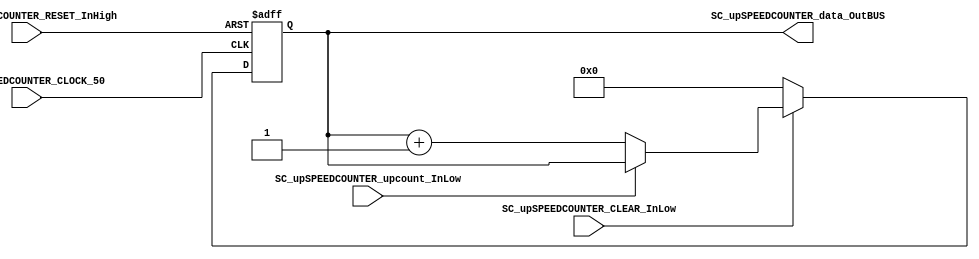
/*######################################################################
//#	G0B1T: HDL EXAMPLES. 2018.
//######################################################################
//# Copyright (C) 2018. F.E.Segura-Quijano (FES) fsegura@uniandes.edu.co
//# 
//# This program is free software: you can redistribute it and/or modify
//# it under the terms of the GNU General Public License as published by
//# the Free Software Foundation, version 3 of the License.
//#
//# This program is distributed in the hope that it will be useful,
//# but WITHOUT ANY WARRANTY; without even the implied warranty of
//# MERCHANTABILITY or FITNESS FOR A PARTICULAR PURPOSE.  See the
//# GNU General Public License for more details.
//#
//# You should have received a copy of the GNU General Public License
//# along with this program.  If not, see <http://www.gnu.org/licenses/>
//####################################################################*/
//=======================================================
//  MODULE Definition
//=======================================================
module SC_upSPEEDCOUNTER #(parameter upSPEEDCOUNTER_DATAWIDTH=23, parameter upSPEEDCOUNTER_INIT = 23'b00000000000000000000000)(
	//////////// OUTPUTS //////////
	SC_upSPEEDCOUNTER_data_OutBUS,
	//////////// INPUTS //////////
	SC_upSPEEDCOUNTER_CLOCK_50,
	SC_upSPEEDCOUNTER_RESET_InHigh,
	SC_upSPEEDCOUNTER_upcount_InLow,
	SC_upSPEEDCOUNTER_CLEAR_InLow
);
//=======================================================
//  PARAMETER declarations
//=======================================================

//=======================================================
//  PORT declarations
//=======================================================
output		[upSPEEDCOUNTER_DATAWIDTH-1:0]	SC_upSPEEDCOUNTER_data_OutBUS;
input		SC_upSPEEDCOUNTER_CLOCK_50;
input		SC_upSPEEDCOUNTER_RESET_InHigh;
input		SC_upSPEEDCOUNTER_upcount_InLow;
input    SC_upSPEEDCOUNTER_CLEAR_InLow;

//=======================================================
//  REG/WIRE declarations
//=======================================================
reg [upSPEEDCOUNTER_DATAWIDTH-1:0] upSPEEDCOUNTER_Register;
reg [upSPEEDCOUNTER_DATAWIDTH-1:0] upSPEEDCOUNTER_Signal;
//=======================================================
//  Structural coding
//=======================================================
//INPUT LOGIC: COMBINATIONAL
always @(*)
begin

	if (SC_upSPEEDCOUNTER_CLEAR_InLow == 1'b0)
		upSPEEDCOUNTER_Signal = upSPEEDCOUNTER_INIT;

	else if (SC_upSPEEDCOUNTER_upcount_InLow == 1'b0)
		upSPEEDCOUNTER_Signal = upSPEEDCOUNTER_Register + 1'b1;
		
	else
		upSPEEDCOUNTER_Signal = upSPEEDCOUNTER_Register;
	end	
//STATE REGISTER: SEQUENTIAL


always @(posedge SC_upSPEEDCOUNTER_CLOCK_50, posedge SC_upSPEEDCOUNTER_RESET_InHigh)
begin
	if (SC_upSPEEDCOUNTER_RESET_InHigh  == 1'b1)
		upSPEEDCOUNTER_Register <= 0;
	else
		upSPEEDCOUNTER_Register <= upSPEEDCOUNTER_Signal;
end
//=======================================================
//  Outputs
//=======================================================
//OUTPUT LOGIC: COMBINATIONAL
assign SC_upSPEEDCOUNTER_data_OutBUS = upSPEEDCOUNTER_Register;

endmodule